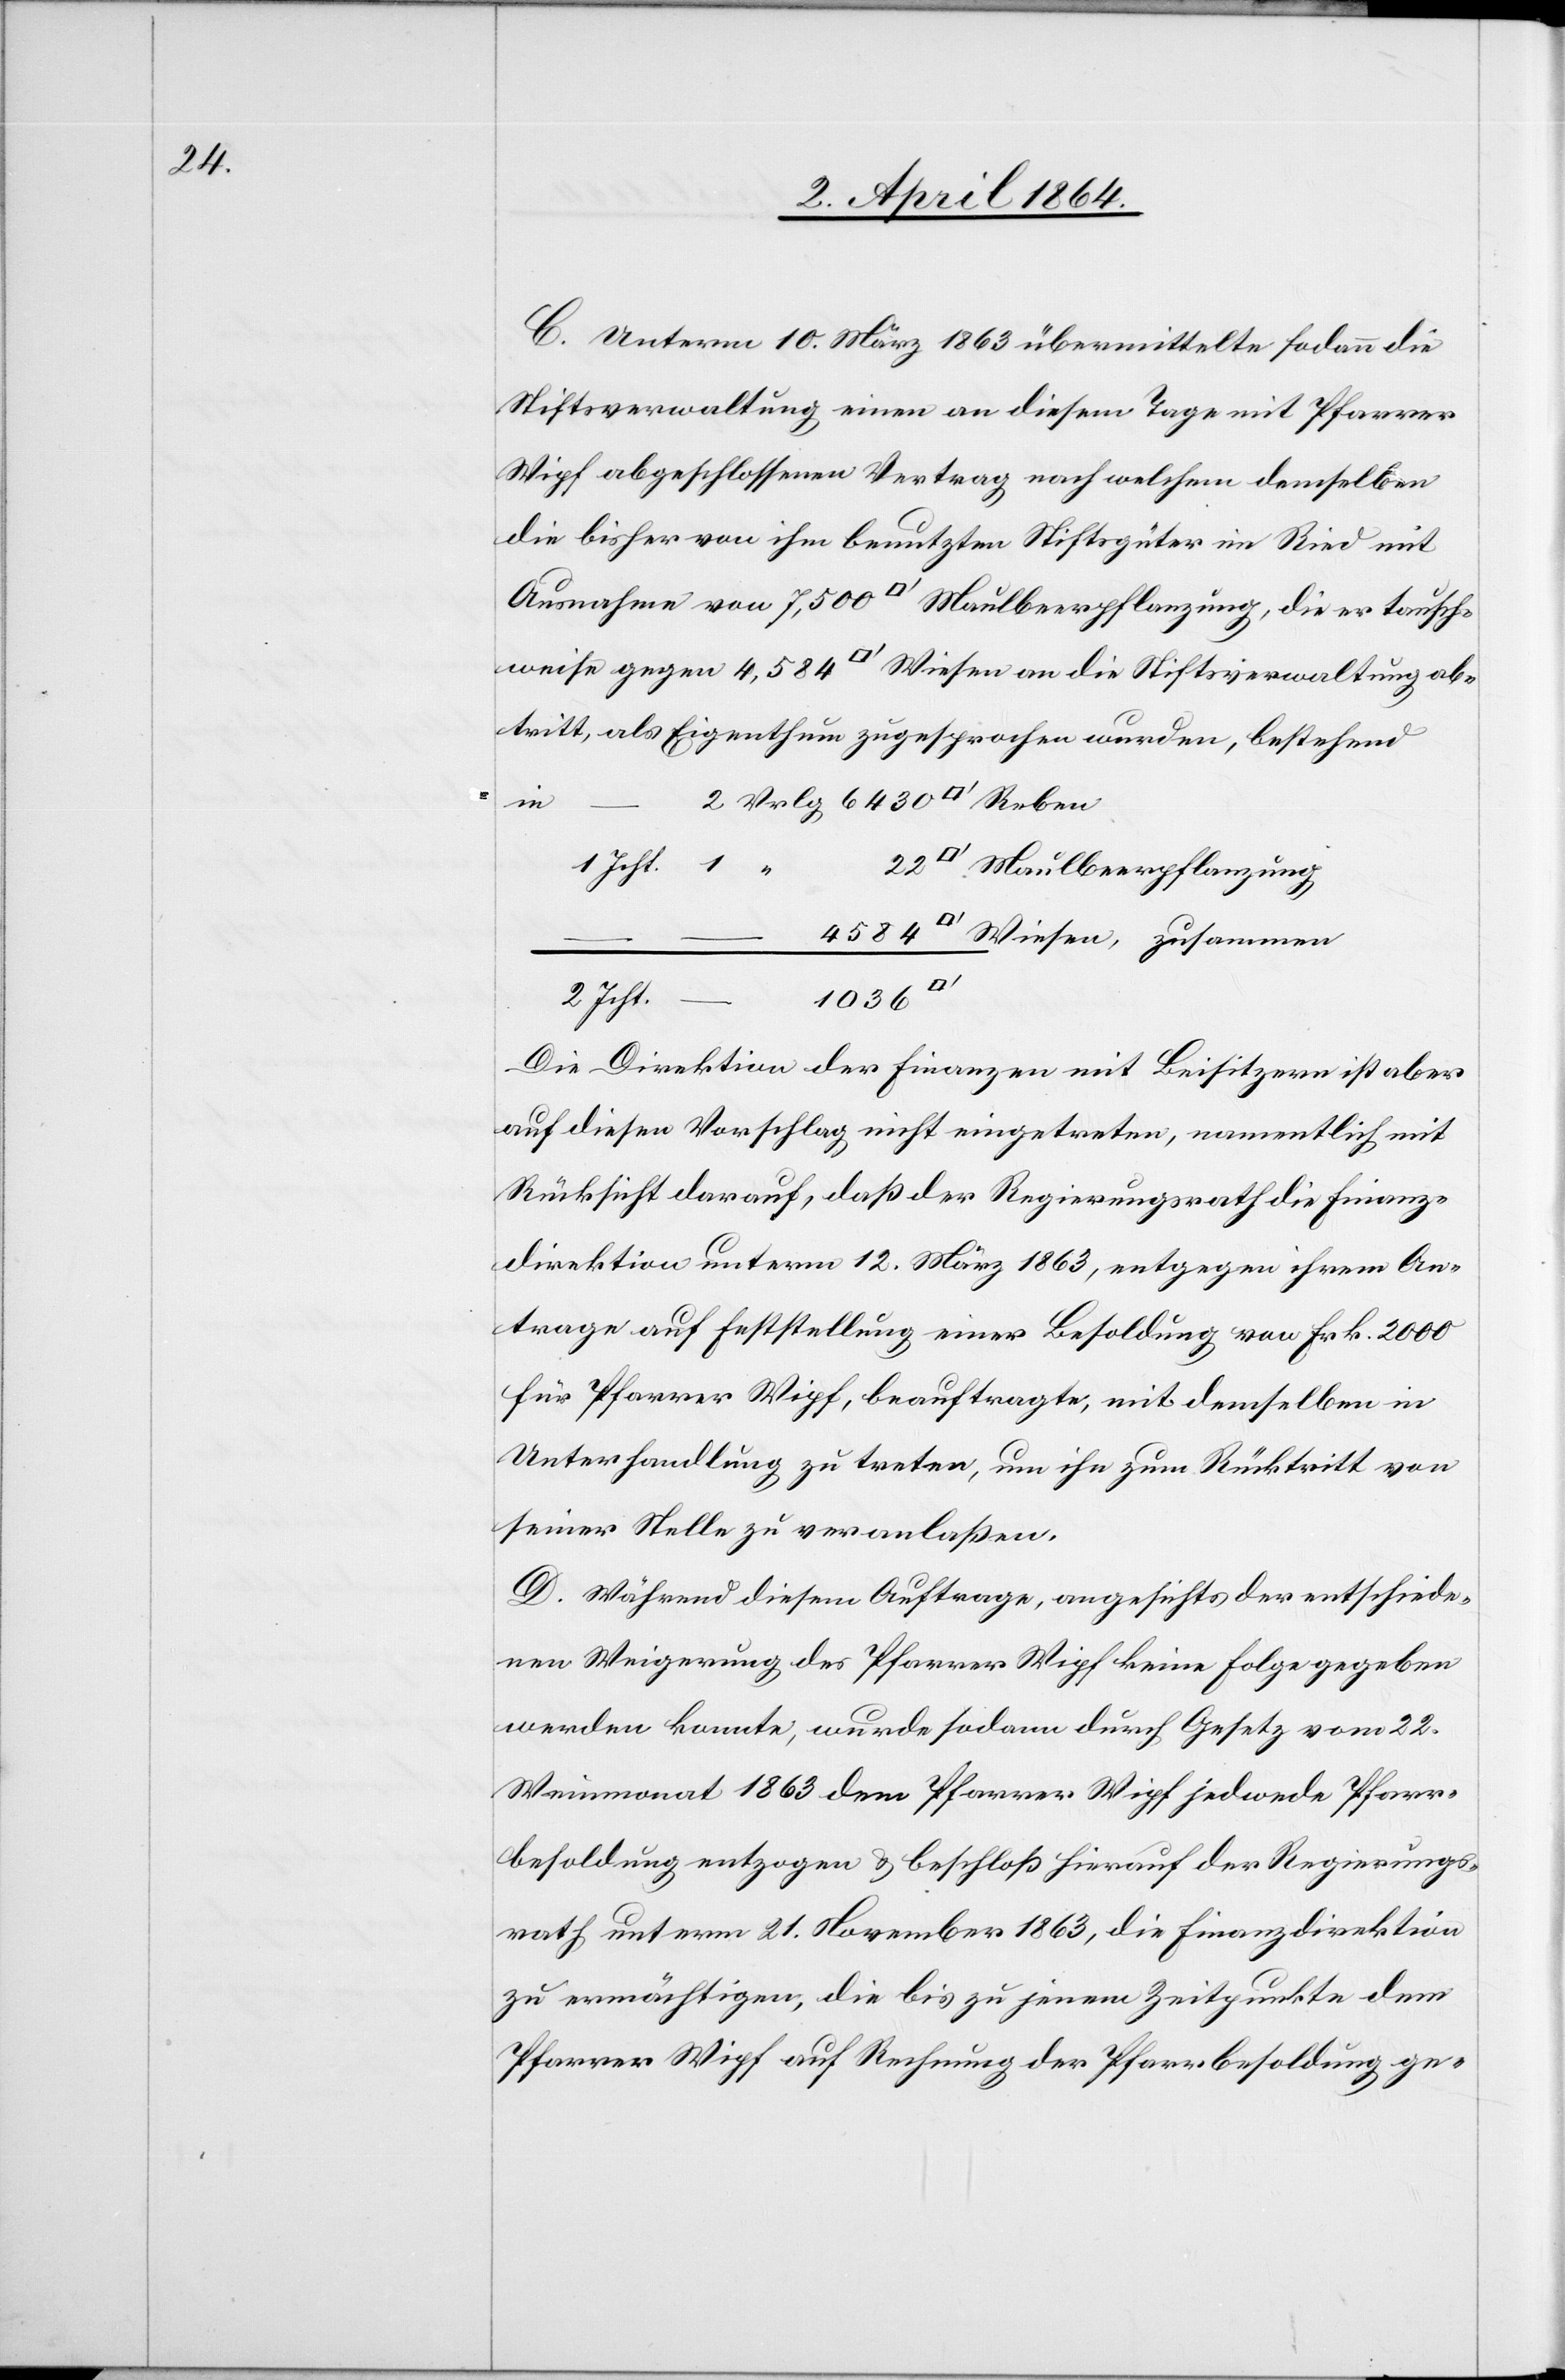
C. Unterm 10. März 1863 übermittelte sodann die
Stiftsverwaltung einen an diesem Tage mit Pfarrer
Wipf abgeschlossenen Vertrag nach welchem demselben
die bisher von ihm benutzten Stiftsgüter im Ried mit
Ausnahme von 7,500 [Quadratfuss] Maulbeerpflanzung, die er tausch¬
weise gegen 4,584 [Quadratfuss] Wiesen an die Stiftsverwaltung ab¬
tritt, als Eigenthum zugesprochen wurden, bestehend
uss] Maulbeerpflanzung
uss] Wiesen, zusammen
[Quadratf¬
Die Direktion der Finanzen mit Beisitzern ist aber
auf diesen Vorschlag nicht eingetreten, namentlich mit
Rücksicht darauf, daß der Regierungsrath die Finanz¬
direktion unterm 12. März 1863, entgegen ihrem An¬
trage auf Feststellung einer Besoldung von Frk. 2000
für Pfarrer Wipf, beauftragte, mit demselben in
Unterhandlung zu treten, um ihn zum Rücktritt von
seiner Stelle zu veranlaßen.
D. Während diesem Auftrage, angesichts der entschiede¬
nen Weigerung des Pfarrers Wipf keine Folge gegeben
werden konnte, wurde sodann durch Gesetz vom 22.
Weinmonat 1863 dem Pfarrer Wipf jedwede Pfarr¬
besoldung entzogen u. beschloß hierauf der Regierungs¬
rath unterm 21. November 1863, die Finanzdirektion
zu ermächtigen, die bis zu jenem Zeitpunkte dem
Pfarrer Wipf auf Rechnung der Pfarrbesoldung ge-